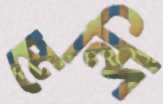
মেন্দি